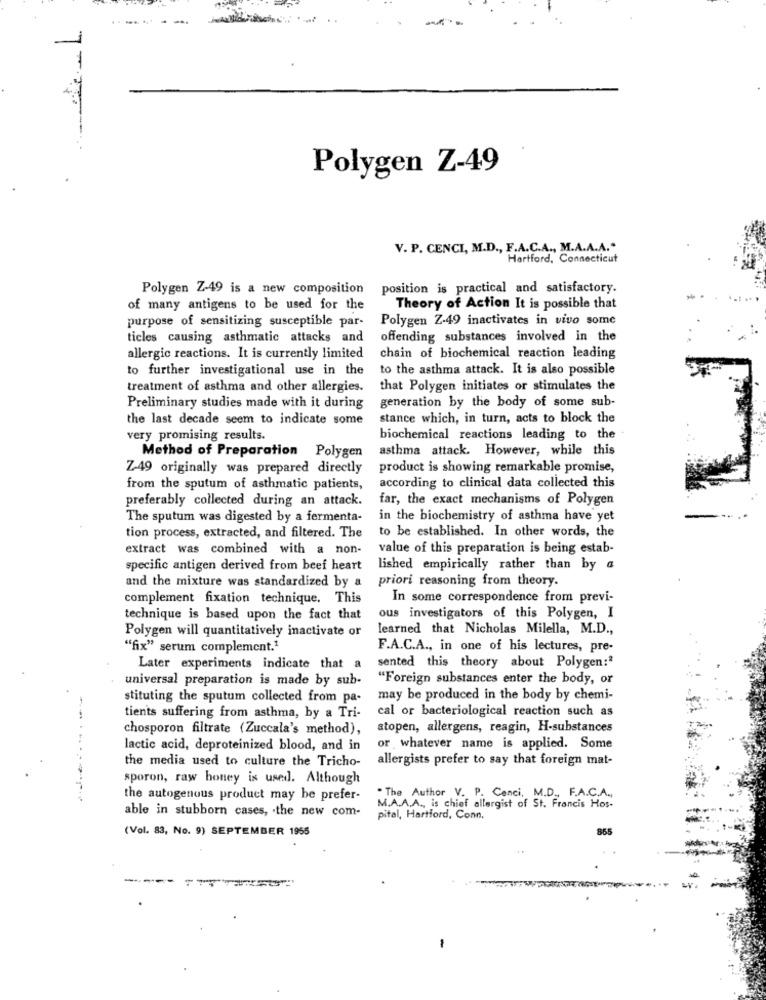
1
Polygen Z-49
V. P. CENCI, M.D ., F.A.C.A ., M.A.A.A."
Hartford, Connecticut
Polygen Z-49 is a new composition
position is practical and satisfactory.
of many antigens to be used for the
Theory of Action It is possible that
purpose of sensitizing susceptible par-
Polygen Z.49 inactivates in vivo some
ticles causing asthmatic attacks and
offending substances involved in the
allergic reactions. It is currently limited
chain of biochemical reaction leading
to further investigational use in the
to the asthma attack. It is also possible
treatment of asthma and other allergies.
that Polygen initiates or stimulates the
Preliminary studies made with it during
generation by the body of some sub-
the last decade seem to indicate some
stance which, in turn, acts to block the
very promising results.
biochemical reactions leading to the -
asthma attack. However, while this
Method of Preparation Polygen
Z-49 originally was prepared directly
product is showing remarkable promise,
according to clinical data collected this
from the sputum of asthmatic patients,
preferably collected during an attack.
far, the exact mechanisms of Polygen
The sputum was digested by a fermenta-
in the biochemistry of asthma have yet
to be established. In other words, the
tion process, extracted, and filtered. The
extract was combined with a non-
value of this preparation is being estab-
specific antigen derived from beef heart
lished empirically rather than by a
and the mixture was standardized by a
priori reasoning from theory.
complement fixation technique. This
In some correspondence from previ-
technique is based upon the fact that
ous investigators of this Polygen, I
Polygen will quantitatively inactivate or
learned that Nicholas Milella, M.D .,
"fix" serum complement."
F.A.C.A ., in one of his lectures, pre-
sented this theory about Polygen:"
Later experiments indicate that a
universal preparation is made by sub-
"Foreign substances enter the body, or
stituting the sputum collected from pa-
may be produced in the body by chemi-
cal or bacteriological reaction such as
tients suffering from asthma, by a Tri-
chosporon filtrate (Zuccala's method),
atopen, allergens, reagin, H-substances
------
lactic acid, deproteinized blood, and in
or whatever name is applied. Some
allergists prefer to say that foreign mat-
the media used to culture the Tricho-
sporon, raw honey is used. Although
the autogenous product may be prefer-
. The Author V. P. Cenci, M.D ., F.A.C.A .,
able in stubborn cases, . the new com-
M.A.A.A ., is chief allergist of St. Francis Hos-
pital, Hartford, Conn.
(Vol. 83, No. 9) SEPTEMBER 1955
865